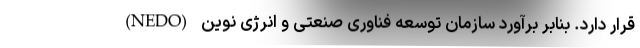
قرار دارد. بنابر برآورد سازمان توسعه فناوری صنعتی و انرژی نوین (NEDO)